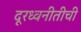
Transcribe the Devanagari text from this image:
दूरध्वनीतीची